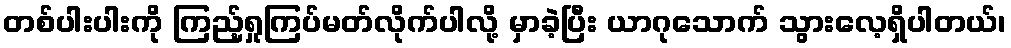
တစ်ပါးပါးကို ကြည့်ရှုကြပ်မတ်လိုက်ပါလို့ မှာခဲ့ပြီး ယာဂုသောက် သွားလေ့ရှိပါတယ်၊